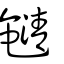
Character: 𤄯